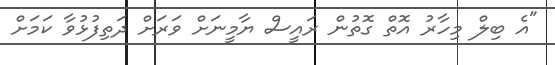
"އެ ބިލް މިހާރު އޮތް ގޮތުން ރައީސް ޔާމީނަށް ވަރަށް ދަތިފުޅުވާ ކަމަށް